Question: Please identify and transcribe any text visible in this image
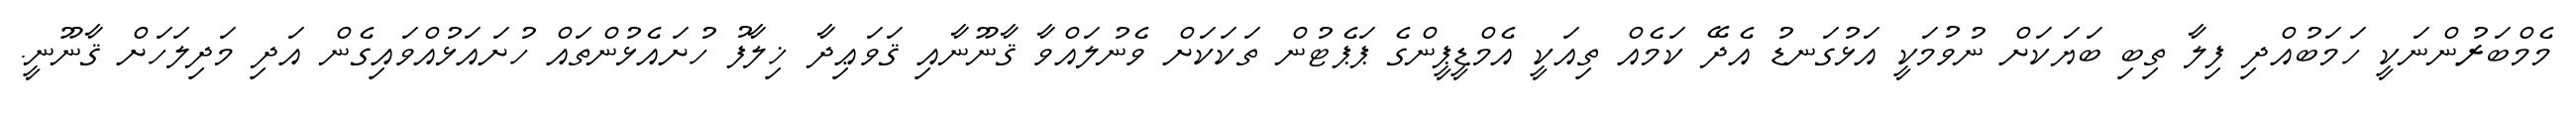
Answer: މެމްބަރުންނަކީ ހަމަބުއްދި ފިލާ ތިބި ބަޔަކަށް ނުވުމަކީ އަޅުގަނޑު އެދޭ ކަމެއް ތިއަކީ އެމްޑީޕީންގެ ޕަޕެޓުން ތަކަކަށް ވެނުލައްވާ ޤާނޫނާއި ޤަވަޢިދާ ޚިލާފު ހުށައެޅުންތައް ހުށައަޅުއްވައިގެން އަދި މަދިލަހަށް ޤާނޫނީ.